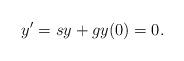
LaTeX: \begin{align*}y' = sy+g y(0) = 0.\end{align*}